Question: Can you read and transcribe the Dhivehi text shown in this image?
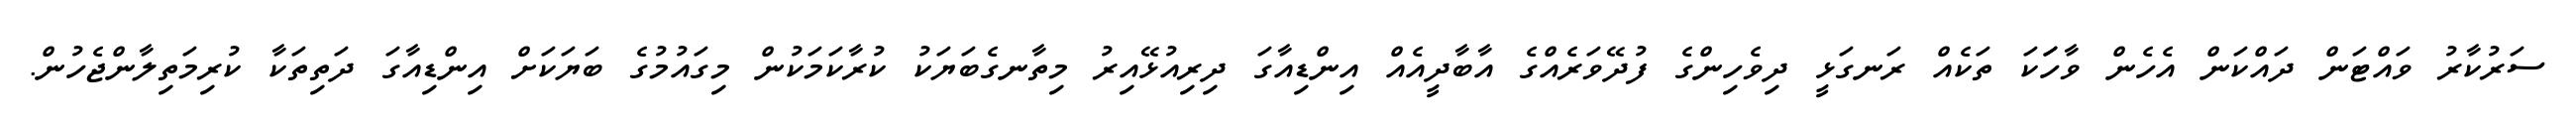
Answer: ސަރުކާރު ވައްޓަން ދައްކަން އެހެން ވާހަަކަ ތަކެއް ރަނގަޅީ ދިވެހިންގެ ފުދޭވަރެއްގެ އާބާދީއެއް އިންޑިއާގަ ދިރިއުޅޭއިރު މިތާނގެބަޔަކު ކުރާކަމަކުން މިގައުމުގެ ބަޔަކަށް އިންޑިއާގަ ދަތިތަކާ ކުރިމަތިލާންޖެހުން.